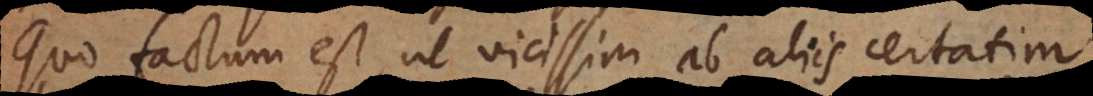
Quo factum est, ut vicissim ab aliis certatim